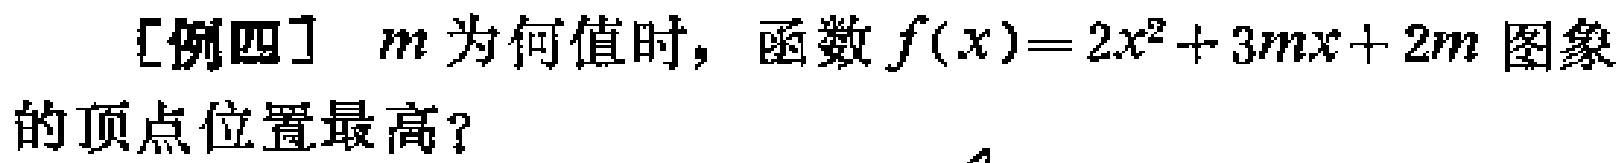
[例四] $m$ 为何值时，函数$f(x)=2x^{2}+3mx + 2m$ 图象的顶点位置最高？